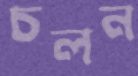
চলন